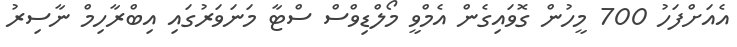
އެއަށްފަހު 700 މީހުން ގޮވައިގެން އެމްވީ މޯލްޑިވްސް ސްޓާ މަނަވަރުގައި އިބްރާހިމް ނާސިރު